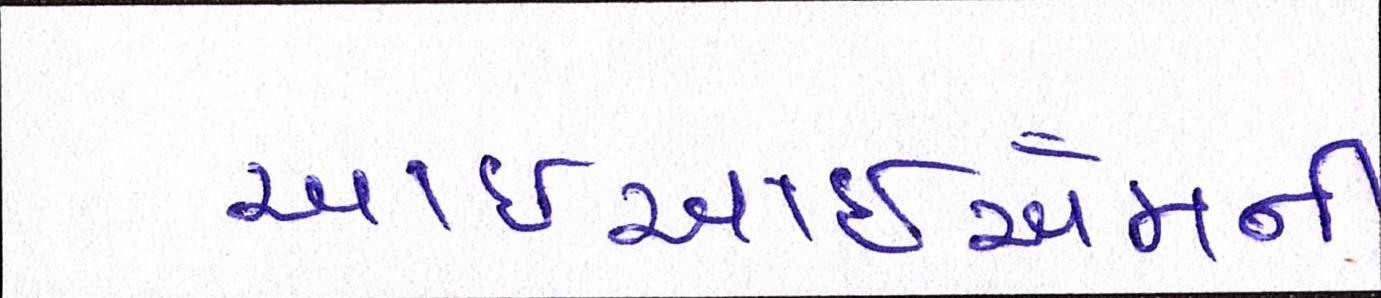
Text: આઇઆઇએમની